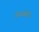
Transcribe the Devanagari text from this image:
केफ्रांसीसी